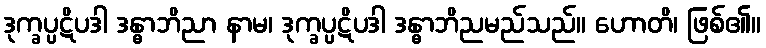
ဒုက္ခပ္ပဋိပဒါ ဒန္ဓာဘိညာ နာမ၊ ဒုက္ခပ္ပဋိပဒါ ဒန္ဓာဘိညမည်သည်။ ဟောတိ၊ ဖြစ်၏။